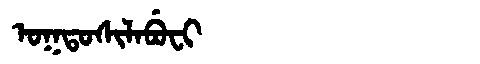
Manchu: ᠣᡴᡨᠣᠰᡳᠯᠠᠪᡠᠸᡳ
Romanization: OKTOSILABUFI